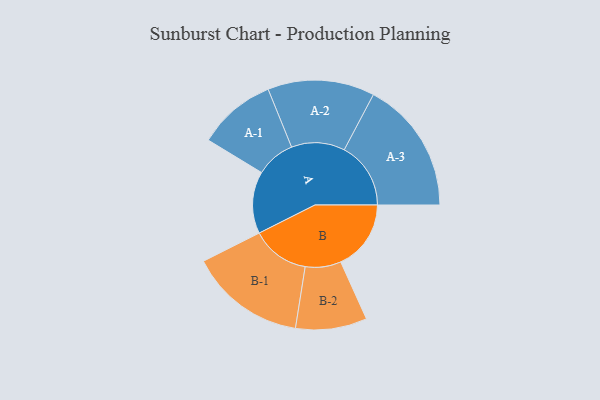
{"axis": {"x": "Segment", "y": "Value"}, "legend": ["", "A", "B"], "data": [{"x": "A", "y": 280, "type": ""}, {"x": "B", "y": 317, "type": ""}, {"x": "A-1", "y": 177, "type": "A"}, {"x": "A-2", "y": 241, "type": "A"}, {"x": "A-3", "y": 300, "type": "A"}, {"x": "B-1", "y": 262, "type": "B"}, {"x": "B-2", "y": 161, "type": "B"}]}